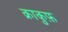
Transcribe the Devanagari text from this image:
क्राकुफ़